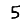
Digit: 5